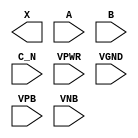
module sky130_fd_sc_hd__or3b (
    X   ,
    A   ,
    B   ,
    C_N ,
    VPWR,
    VGND,
    VPB ,
    VNB
);

    output X   ;
    input  A   ;
    input  B   ;
    input  C_N ;
    input  VPWR;
    input  VGND;
    input  VPB ;
    input  VNB ;
endmodule